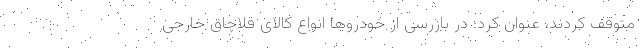
متوقف کردند، عنوان کرد: در بازرسی از خودروها انواع کالای قلاچاق خارجی